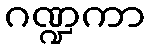
ဂဏ္ဍကာ